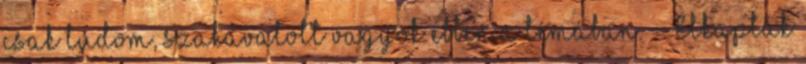
csak tudom, szakavatott vagyok ebben a témában. - Elkapták